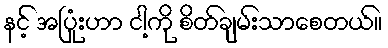
နင့် အပြုံးဟာ ငါ့ကို စိတ်ချမ်းသာစေတယ်။